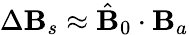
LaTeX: \Delta\mathbf{B}_{s}\approx\hat{{\mathbf{{\mathbf{B}}}}}_{0}\cdot\mathbf{{\mathbf{B}}}_{a}